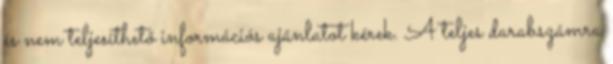
és nem teljesíthető információs ajánlatot kérek. A teljes darabszámra